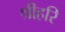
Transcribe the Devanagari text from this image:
श्रीहरि